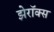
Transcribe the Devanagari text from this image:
झेरॉक्‍स